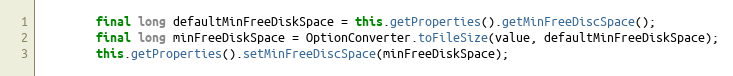
Language: Java
		final long defaultMinFreeDiskSpace = this.getProperties().getMinFreeDiscSpace();
		final long minFreeDiskSpace = OptionConverter.toFileSize(value, defaultMinFreeDiskSpace);
		this.getProperties().setMinFreeDiscSpace(minFreeDiskSpace);